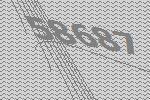
58687